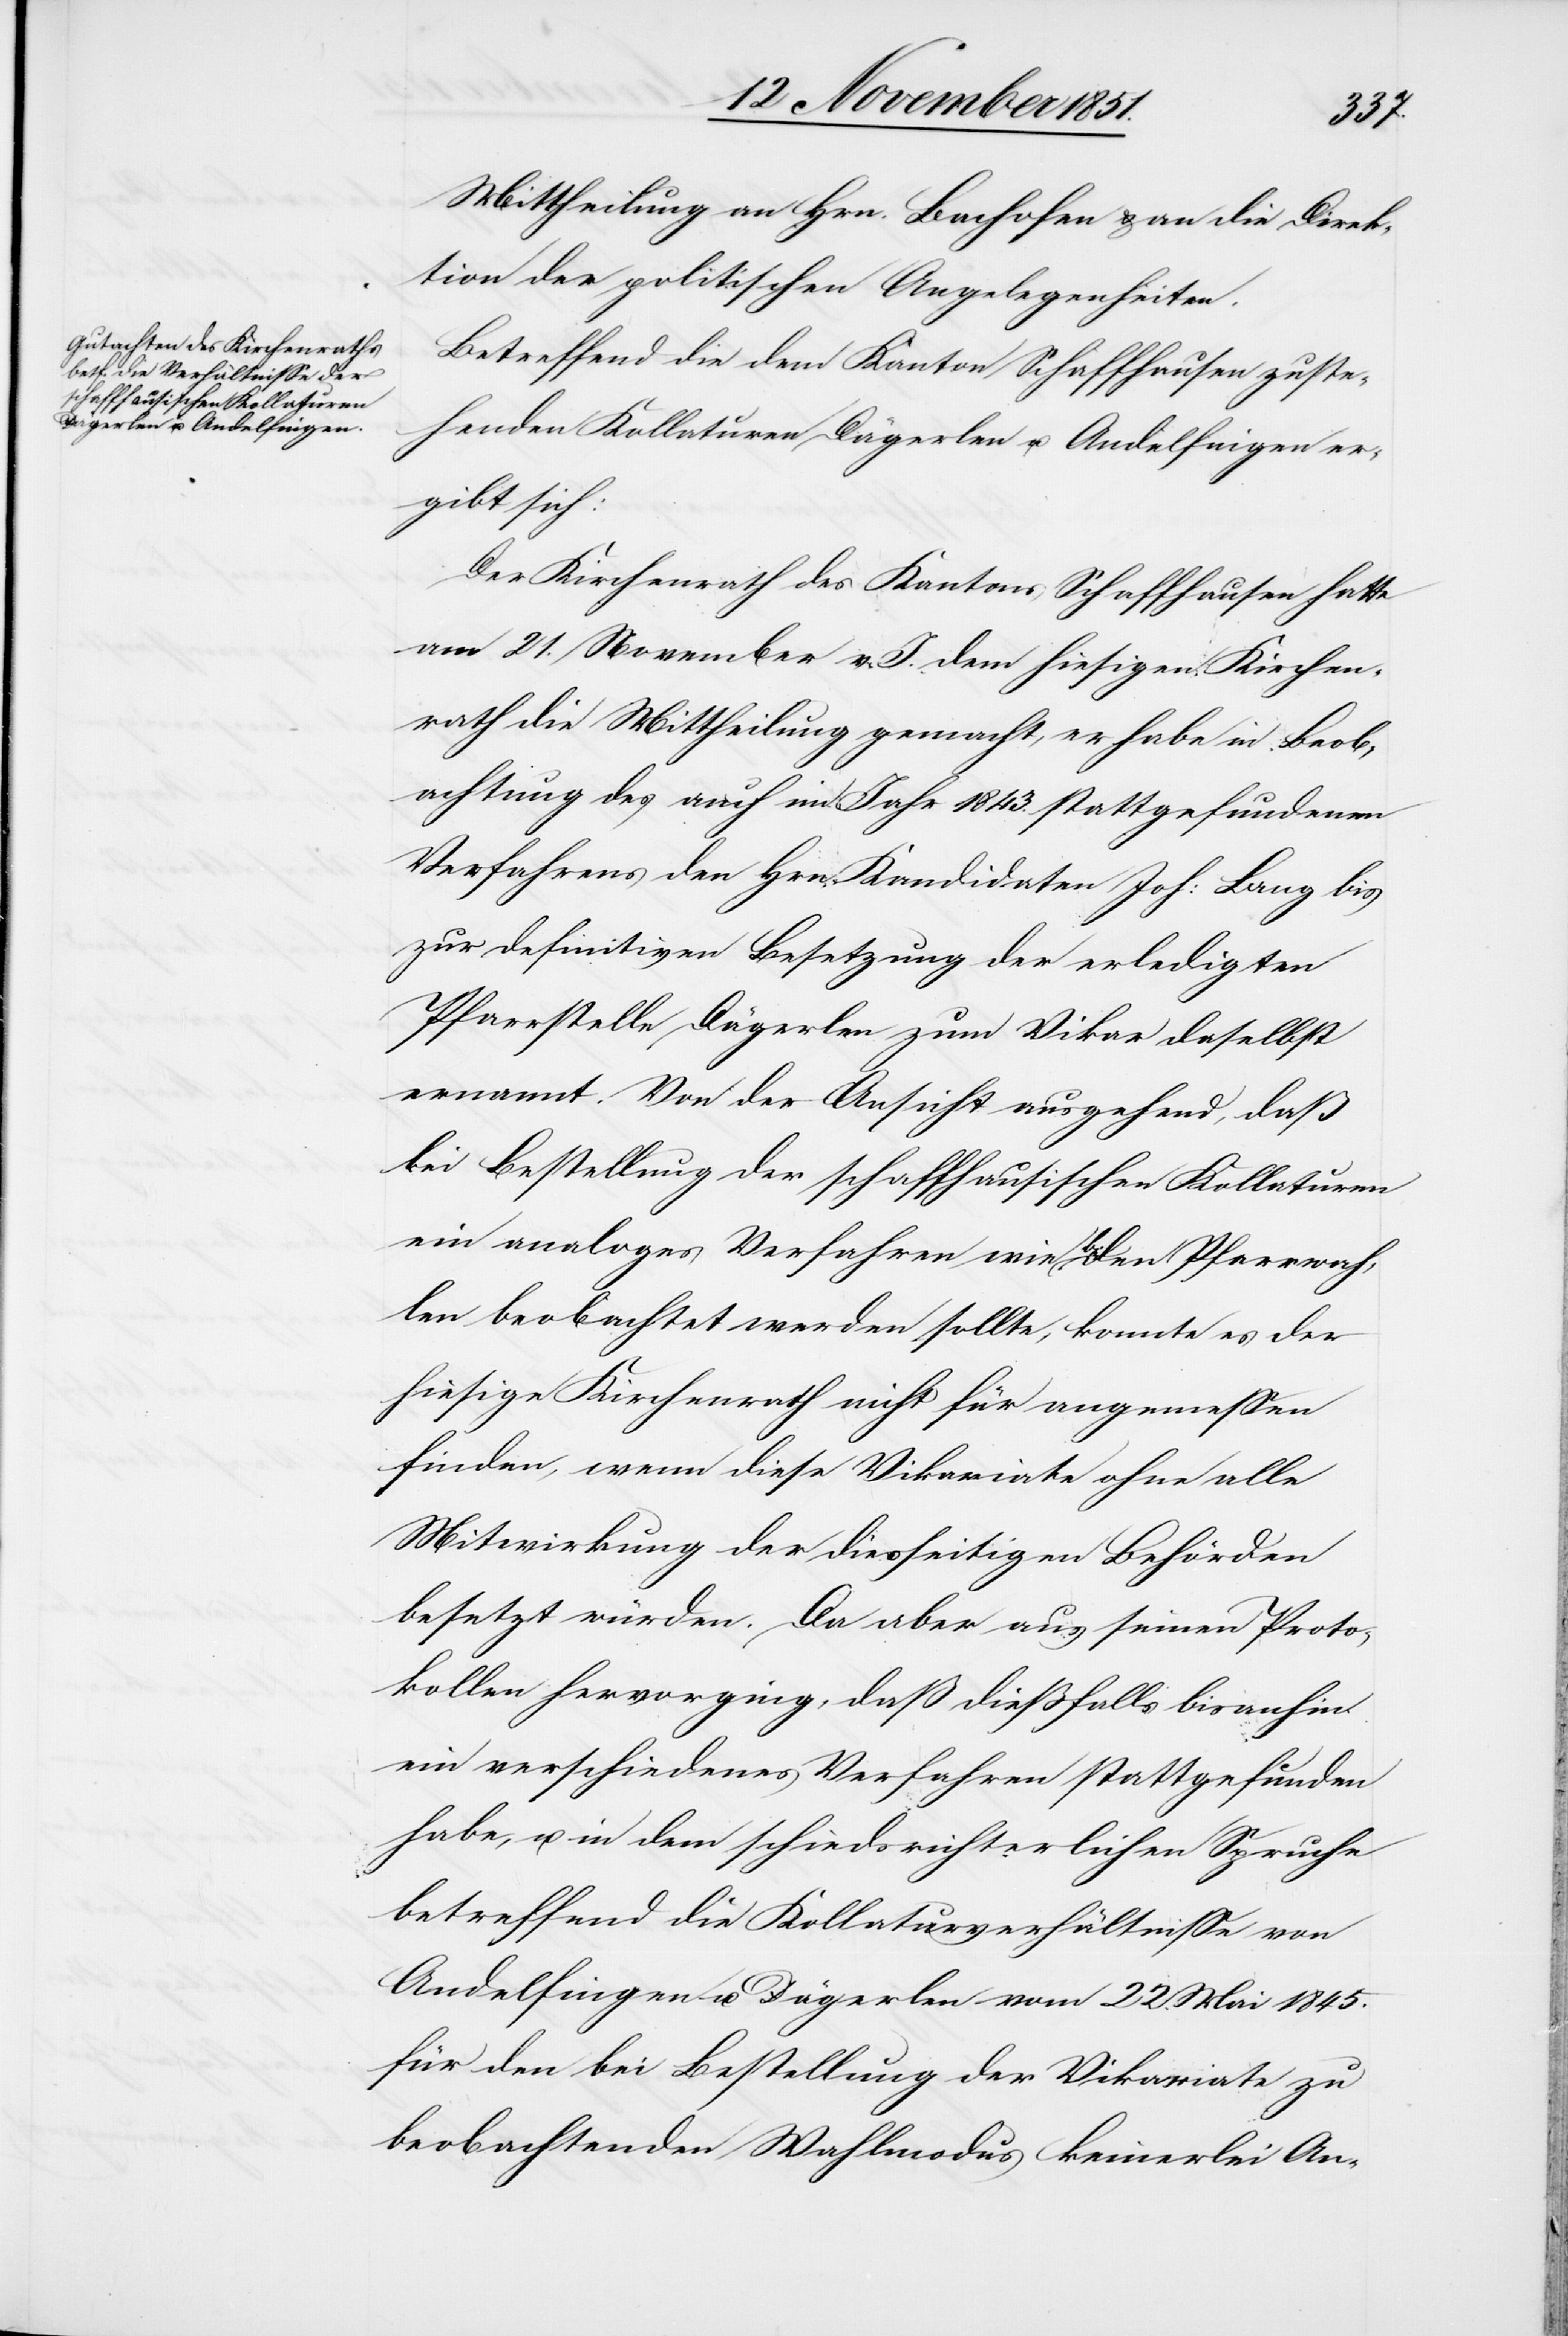
Mittheilung an Hrn. Bachofen & an die Direk¬
tion der politischen Angelegenheiten.
Betreffend die dem Kanton Schaffhausen zuste¬
henden Kollaturen Dägerlen u. Andelfingen er¬
gibt sich:
Der Kirchenrath des Kantons Schaffhausen hatte
am 21. November v. J. dem hiesigen Kirchen¬
rath die Mittheilung gemacht, er habe in Beob¬
achtung des auch im Jahr 1843. stattgefundenen
Verfahrens den Hrn. Kandidaten Joh: Lang bis
zur definitiven Besetzung der erledigten
Pfarrstelle Dägerlen zum Vikar daselbst
ernannt. Von der Ansicht ausgehend, daß
bei Bestellung der schaffhausischen Kollaturen
ein analoges Verfahren wie b. den Pfarrwah¬
len beobachtet werden sollte, konnte es der
hiesige Kirchenrath nicht für angemessen
finden, wenn diese Vikariate ohne alle
Mitwirkung der diesseitigen Behörden
besetzt würden. Da aber aus seinen Proto¬
kollen hervorging, daß dießfalls bisanhin
ein verschiedenes Verfahren stattgefunden
habe, u. in dem schiedsrichterlichen Spruche
betreffend die Kollaturverhältnisse von
Andelfingen u. Dägerlen vom 22. Mai 1845.
für den bei Bestellung der Vikariate zu
beobachtenden Wahlmodus keinerlei An-